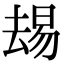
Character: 𫨭